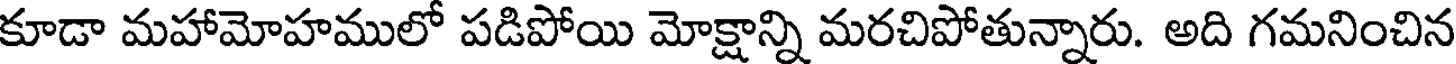
కూడా మహామోహములో పడిపోయి మోక్షాన్ని మరచిపోతున్నారు. అది గమనించిన